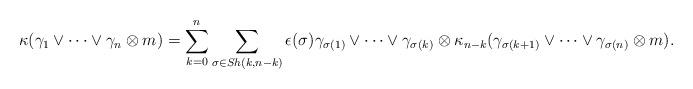
LaTeX: \begin{align*} \kappa(\gamma_1 \vee \cdots \vee \gamma_n \otimes m)=\sum_{k=0}^n \sum_{\sigma\in Sh(k,n-k)} \epsilon(\sigma) \gamma_{\sigma(1)} \vee \cdots \vee \gamma_{\sigma(k)} \otimes \kappa_{n-k}(\gamma_{\sigma(k+1)} \vee \cdots \vee \gamma_{\sigma(n)}\otimes m).\end{align*}